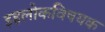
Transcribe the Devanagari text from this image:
इहलोकविषयक